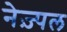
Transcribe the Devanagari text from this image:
नेज़्पल